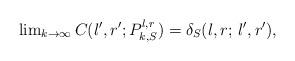
LaTeX: \begin{align*} \lim \nolimits_{k \to \infty} C(l',r';P_{k,S}^{l,r}) = \delta_S(l,r; \, l',r'),\end{align*}